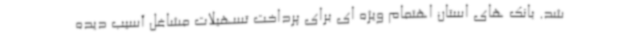
شد. بانک های استان اهتمام ویژه ای برای پرداخت تسهیلات مشاغل آسیب دیده